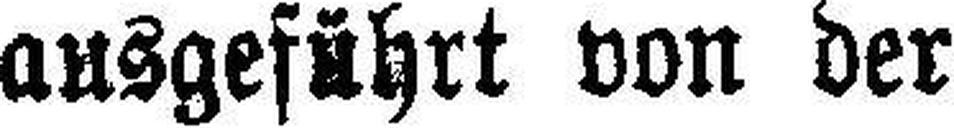
ausgeführt von der